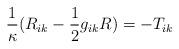
LaTeX: \begin{align*}\frac 1\kappa (R_{ik}-\frac 12g_{ik}R)=-T_{ik}\end{align*}